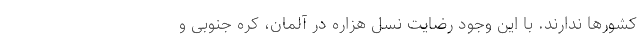
کشورها ندارند. با این وجود رضایت نسل هزاره در آلمان، کره جنوبی و